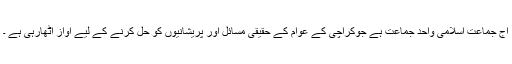
آج جماعت اسلامی واحد جماعت ہے جوکراچی کے عوام کے حقیقی مسائل اور پریشانیوں کو حل کرنے کے لیے آواز اٹھارہی ہے ۔